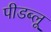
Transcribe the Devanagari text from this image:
पीडब्लू